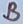
Text: B